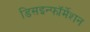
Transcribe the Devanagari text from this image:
डिसइन्फॉर्मेशन